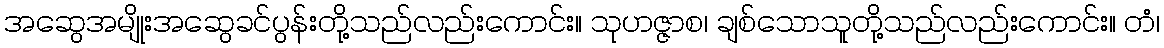
အဆွေအမျိုးအဆွေခင်ပွန်းတို့သည်လည်းကောင်း။ သုဟဇ္ဇာစ၊ ချစ်သောသူတို့သည်လည်းကောင်း။ တံ၊